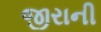
જીરાની